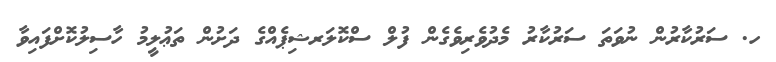
ހ. ސަރުކާރުން ނުވަތަ ސަރުކާރު މެދުވެރިވެގެން ފުލް ސްކޮލަރޝިޕެއްގެ ދަށުން ތަޢުލީމު ހާސިލުކޮށްފައިވާ